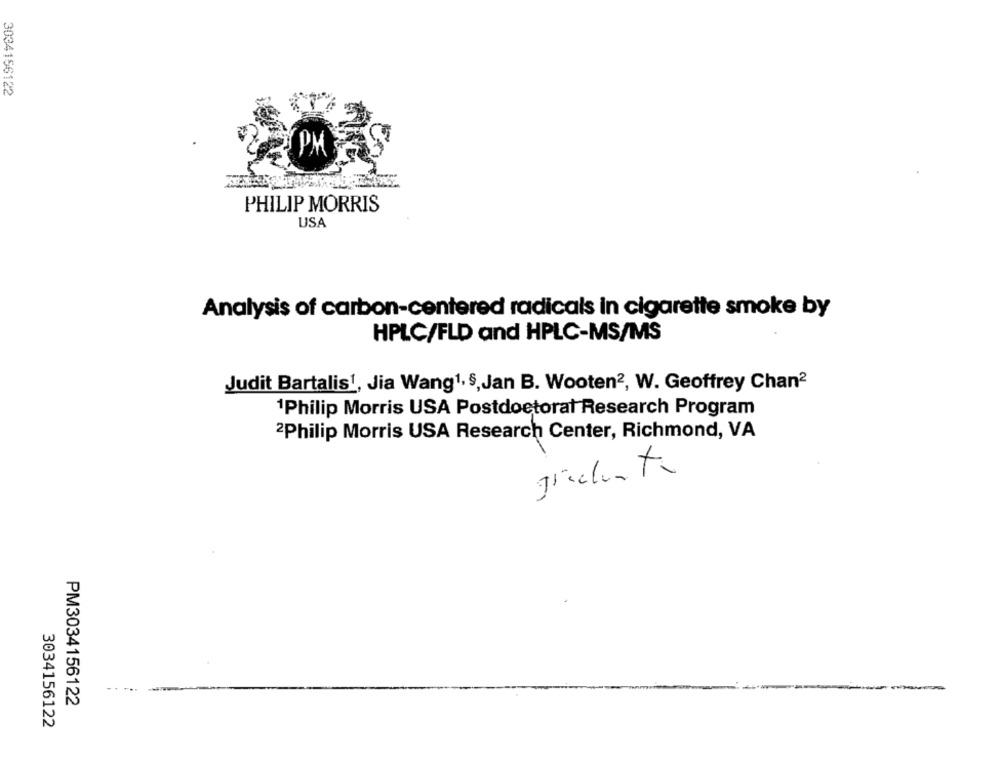
3034156122
PHILIP MORRIS
USA
Analysis of carbon-centered radicals in cigarette smoke by
HPLC/FLD and HPLC-MS/MS
Judit Bartalis1, Jia Wang1, S,Jan B. Wooten2, W. Geoffrey Chan2
Philip Morris USA Postdoctoral Research Program
2Philip Morris USA Research Center, Richmond, VA
PM3034156122
3034156122